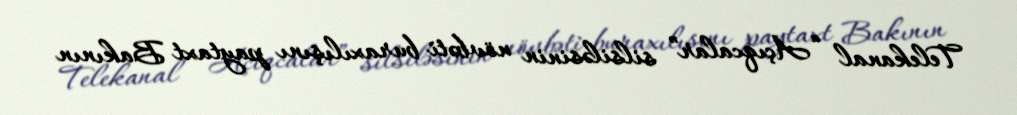
Telekanal “Açıqcalar” silsiləsinin növbəti buraxılışını paytaxt Bakının